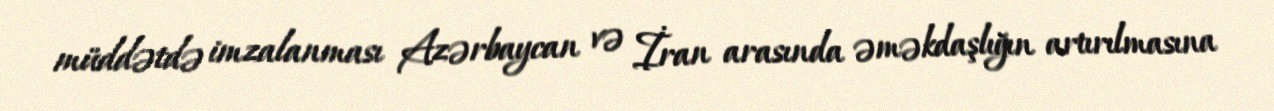
müddətdə imzalanması Azərbaycan və İran arasında əməkdaşlığın artırılmasına